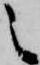
之